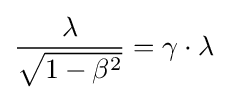
{\frac {\lambda }{\sqrt {1-\beta ^{2}}}}=\gamma \cdot \lambda